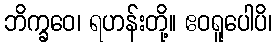
ဘိက္ခဝေ၊ ရဟန်းတို့။ ဧဝရူပေါပိ၊